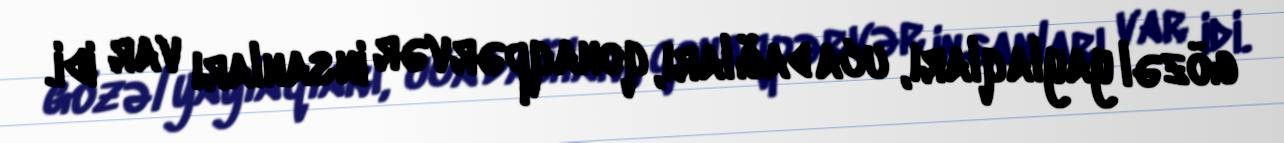
gözəl yaylaqları, uca dağları, qonaqpərvər insanları var idi.